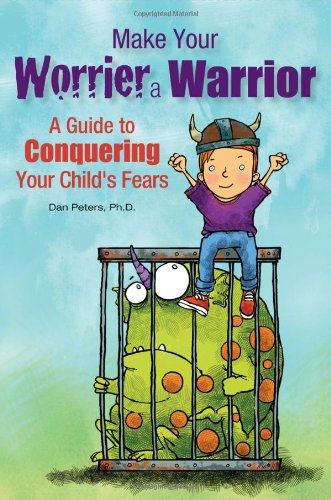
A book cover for Make Your Worrier a Warrior: A Guide to Conquering Your Child's Fears; Daniel B. Peters; Self-Help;